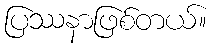
ပြဿနာဖြစ်တယ်။